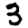
Digit: 3